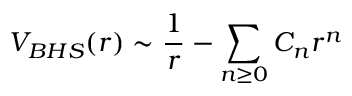
V _ { B H S } ( r ) \sim { \frac { 1 } { r } } - { \sum _ { n \ge 0 } C _ { n } r ^ { n } } \qquad